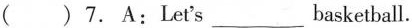
( )7. A:Let's___basketball.